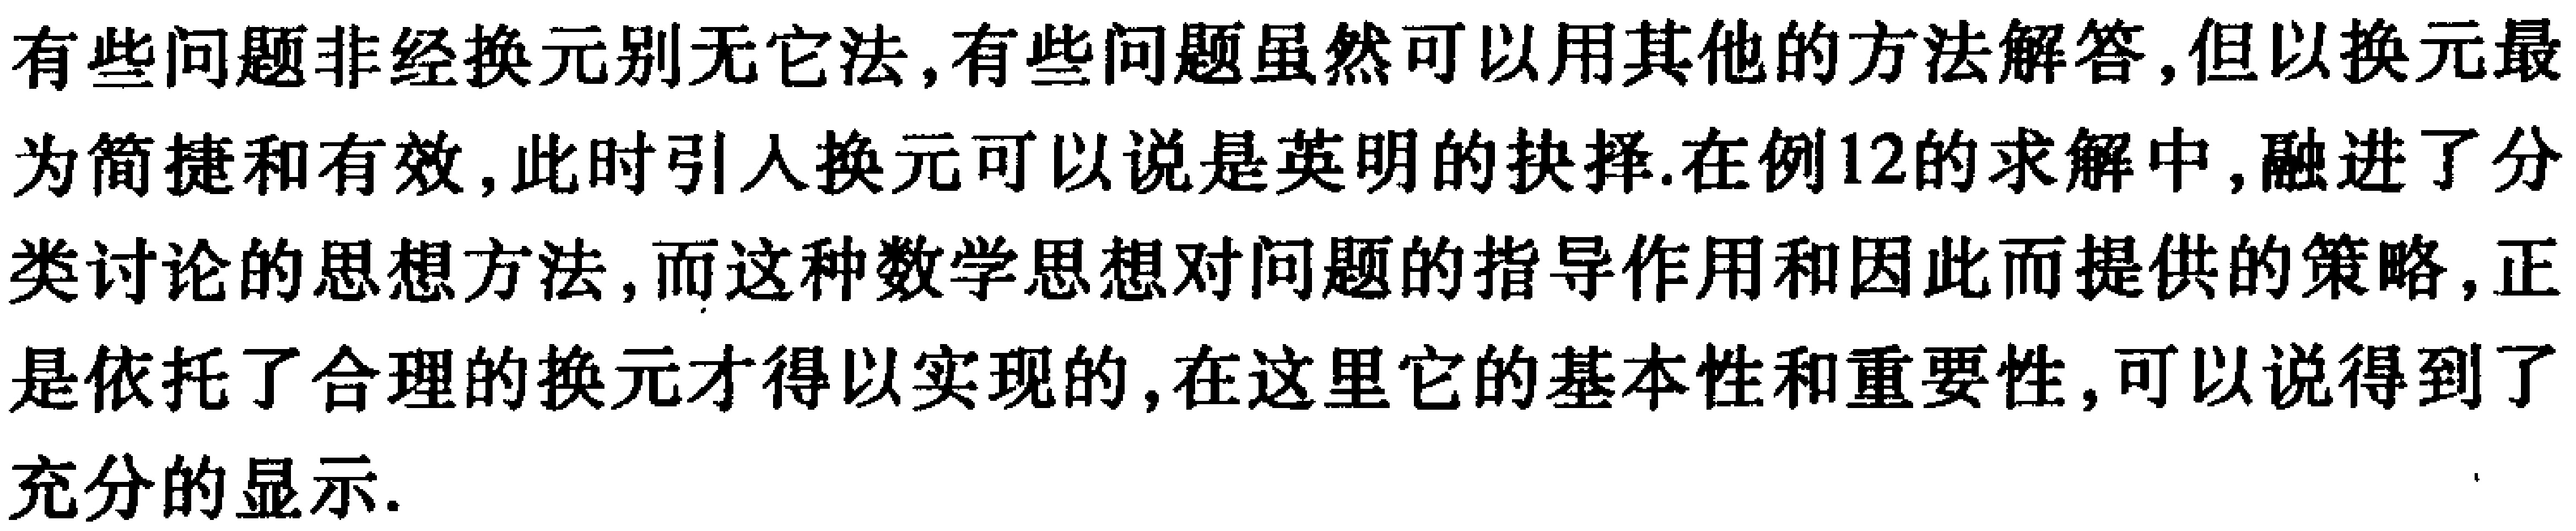
有些问题非经换元别无它法,有些问题虽然可以用其他的方法解答,但以换元最为简捷和有效,此时引人换元可以说是英明的抉择.在例12的求解中,融进了分类讨论的思想方法,而这种数学思想对问题的指导作用和因此而提供的策略,正是依托了合理的换元才得以实现的,在这里它的基本性和重要性,可以说得到了充分的显示.